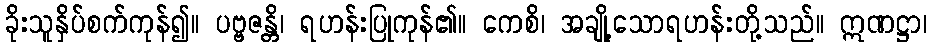
ခိုးသူနှိပ်စက်ကုန်၍။ ပဗ္ဗဇန္တိ၊ ရဟန်းပြုကုန်၏။ ကေစိ၊ အချို့သောရဟန်းတို့သည်။ ဣဏဋ္ဌာ၊